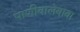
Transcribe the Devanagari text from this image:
पाणीवालेबाबा